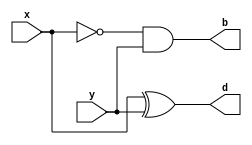
module half_subtr(x,y,d,b);
input x,y;
output wire d,b;
wire nx;
not(nx,x);
xor(d,x,y);
and(b,nx,y);
endmodule